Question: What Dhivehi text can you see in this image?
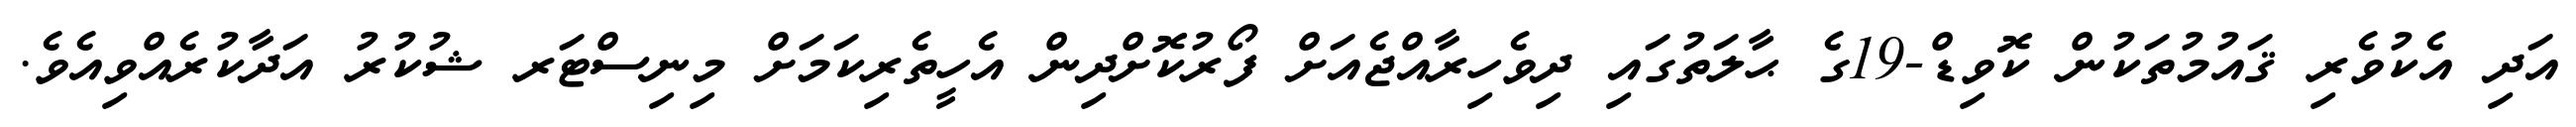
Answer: އަދި އެކުވެރި ޤައުމުތަކުން ކޮވިޑް-19ގެ ޙާލަތުގައި ދިވެހިރާއްޖެއަށް ފޯރުކޮށްދިން އެހީތެރިކަމަށް މިނިސްޓަރ ޝުކުރު އަދާކުރެއްވިއެވެ.